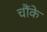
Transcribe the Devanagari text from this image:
चौंके